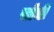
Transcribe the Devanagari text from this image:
सॉंची